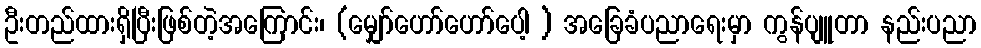
ဦးတည်ထားရှိပြီးဖြစ်တဲ့အကြောင်း၊ (မျှော်ဟော်ဟော်ပေါ့ ) အခြေခံပညာရေးမှာ ကွန်ပျူတာ နည်းပညာ